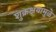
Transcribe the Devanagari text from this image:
शुक्रक्षयामुळे